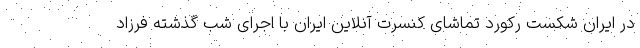
در ایران شکست رکورد تماشای کنسرت آنلاین ایران با اجرای شب گذشته فرزاد